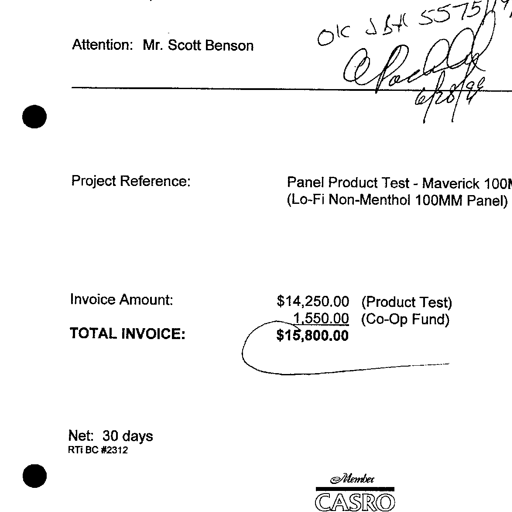
Attention: Mr. Scott Benson Ok JBH 55751197
A Packard
6/28/99
Project Reference: Panel Product Test - Maverick 100M
(Lo-Fi Non-Menthol 100MM Panel)
Invoice Amount: $14,250.00 (Product Test)
1,550.00 (Co-Op Fund)
TOTAL INVOICE: $15,800.00
Net: 30 days
RTi BC #2312
Member
CASRO